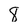
Character: 8